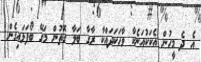
އެ ދެ މީހުން އެކަކުއަނެކާ ވާހަކަދައްކާ ރާގާ ބަލާ ގޮތުން މަގޭ ބޯފަޅައިގެން